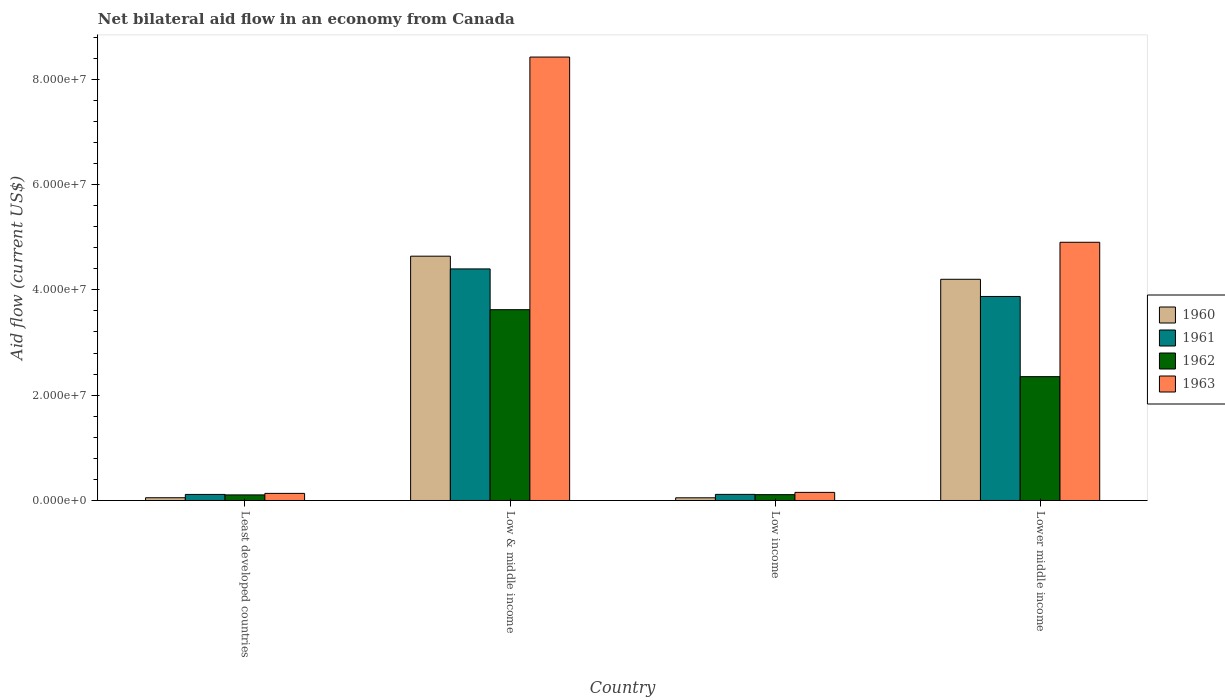
| Country | 1960 | 1961 | 1962 | 1963 |
 | --- | --- | --- | --- | --- |
 | Least developed countries | 5.2e+05 | 1.15e+06 | 1.06e+06 | 1.35e+06 |
 | Low & middle income | 4.64e+07 | 4.4e+07 | 3.62e+07 | 8.42e+07 |
 | Low income | 5.1e+05 | 1.16e+06 | 1.11e+06 | 1.54e+06 |
 | Lower middle income | 4.2e+07 | 3.88e+07 | 2.35e+07 | 4.9e+07 |